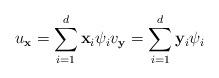
LaTeX: \begin{align*} u_{\mathbf{x}} = \sum_{i=1}^{d} \mathbf{x}_i \psi_i v_{\mathbf{y}} = \sum_{i=1}^{d} \mathbf{y}_i \psi_i \end{align*}